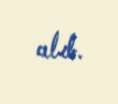
alıb.